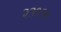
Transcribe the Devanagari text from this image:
२३१३१